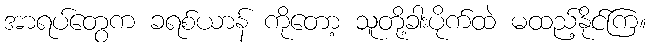
အာရပ်တွေက ခရစ်ယာန် ကိုတော့ သူတို့ခါးပိုက်ထဲ မထည့်နိုင်ကြ။